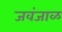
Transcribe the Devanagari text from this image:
जवंजाळ